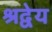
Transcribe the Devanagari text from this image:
श्रद्वेय